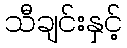
သီချင်းနှင့်